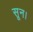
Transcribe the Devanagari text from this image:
सून।